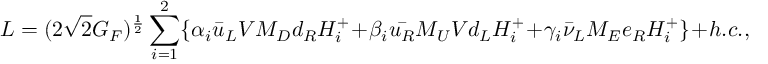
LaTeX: { \cal L } = ( 2 \sqrt { 2 } G _ { F } ) ^ { \frac { 1 } { 2 } } \sum _ { i = 1 } ^ { 2 } \{ \alpha _ { i } \bar { u } _ { L } V M _ { D } d _ { R } H _ { i } ^ { + } + \beta _ { i } \bar { u _ { R } } M _ { U } V d _ { L } H _ { i } ^ { + } + \gamma _ { i } \bar { \nu } _ { L } M _ { E } e _ { R } H _ { i } ^ { + } \} + h . c . ,